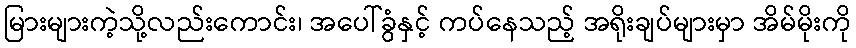
မြားများကဲ့သို့လည်းကောင်း၊ အပေါ်ခွံနှင့် ကပ်နေသည့် အရိုးချပ်များမှာ အိမ်မိုးကို